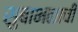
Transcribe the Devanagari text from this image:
सुबाभळाची